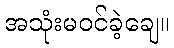
အသုံးမဝင်ခဲ့ချေ။